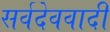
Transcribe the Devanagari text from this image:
सर्वदेववादी